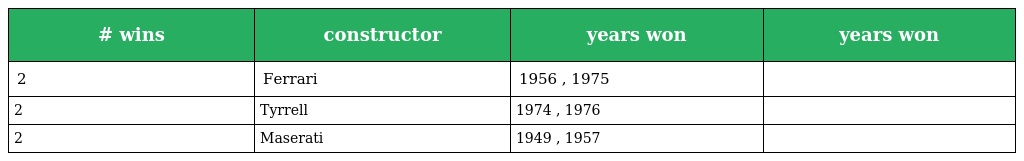
| # wins | constructor | years won | years won |
 | --- | --- | --- | --- |
 | 2 | Ferrari | 1956 , 1975 |  |
 | 2 | Tyrrell | 1974 , 1976 |  |
 | 2 | Maserati | 1949 , 1957 |  |